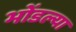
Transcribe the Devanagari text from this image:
भोंडल्या